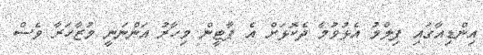
އިންޑިއާގައި ފިލްމު އެޅުވުމާ ދެކޮޅަށް އެ ޕާޓީން މިހާރު އަންނަނީ މުޒާހަރާ ވެސް